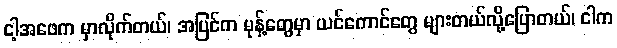
ငါ့အဖေက မှာလိုက်တယ်၊ အပြင်က မုန့်တွေမှာ ယင်ကောင်တွေ များတယ်လို့ပြောတယ်၊ ငါက